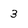
Character: 3